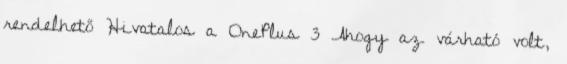
rendelhető Hivatalos a OnePlus 3 Ahogy az várható volt,